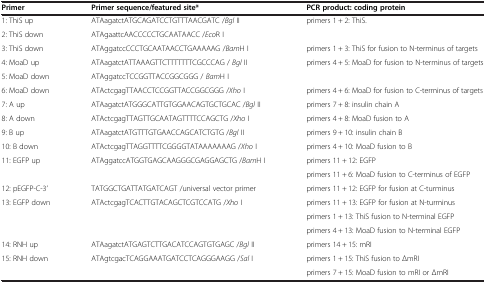
<table><thead><tr><td><b>Primer</b></td><td><b>Primer sequence/featured site*</b></td><td><b>PCR product: coding protein</b></td></tr></thead><tbody><tr><td>1: ThiS up</td><td>ATAagatctATGCAGATCCTGTTTAACGATC /<i>Bgl</i> II</td><td>primers 1 + 2: ThiS.</td></tr><tr><td>2: ThiS down</td><td>ATAgaattcAACCCCCTGCAATAACC /<i>Eco</i>R I</td><td> </td></tr><tr><td>3: ThiS down</td><td>ATAggatccCCCTGCAATAACCTGAAAAAG /<i>Bam</i>H I</td><td>primers 1 + 3: ThiS for fusion to N-terminus of targets</td></tr><tr><td>4: MoaD up</td><td>ATAagatctATTAAAGTTCTTTTTTTCGCCCAG / <i>Bgl</i> II</td><td>primers 4 + 5: MoaD for fusion to N-terminus of targets</td></tr><tr><td>5: MoaD down</td><td>ATAggatccTCCGGTTACCGGCGGG / <i>Bam</i>H I</td><td> </td></tr><tr><td>6: MoaD down</td><td>ATActcgagTTAACCTCCGGTTACCGGCGGG /<i>Xho</i> I</td><td>primers 4 + 6: MoaD for fusion to C-terminus of targets</td></tr><tr><td>7: A up</td><td>ATAagatctATGGGCATTGTGGAACAGTGCTGCAC /<i>Bgl</i> II</td><td>primers 7 + 8: insulin chain A</td></tr><tr><td>8: A down</td><td>ATActcgagTTAGTTGCAATAGTTTTCCAGCTG /<i>Xho</i> I</td><td>primers 4 + 8: MoaD fusion to A</td></tr><tr><td>9: B up</td><td>ATAagatctATGTTTGTGAACCAGCATCTGTG /<i>Bgl</i> II</td><td>primers 9 + 10: insulin chain B</td></tr><tr><td>10: B down</td><td>ATActcgagTTAGGTTTTCGGGGTATAAAAAAAG /<i>Xho</i> I</td><td>primers 4 + 10: MoaD fusion to B</td></tr><tr><td rowspan="2">11: EGFP up</td><td rowspan="2">ATAggatccATGGTGAGCAAGGGCGAGGAGCTG /<i>Bam</i>H I</td><td>primers 11 + 12: EGFP</td></tr><tr><td>primers 11 + 6: MoaD fusion to C-terminus of EGFP</td></tr><tr><td>12: pEGFP-C-3’</td><td>TATGGCTGATTATGATCAGT /universal vector primer</td><td>primers 11 + 12: EGFP for fusion at C-turminus</td></tr><tr><td rowspan="3">13: EGFP down</td><td rowspan="3">ATActcgagTCACTTGTACAGCTCGTCCATG /<i>Xho</i> I</td><td>primers 11 + 13: EGFP for fusion at N-turminus</td></tr><tr><td>primers 1 + 13: ThiS fusion to N-terminal EGFP</td></tr><tr><td>primers 4 + 13: MoaD fusion to N-terminal EGFP</td></tr><tr><td>14: RNH up</td><td>ATAagatctATGAGTCTTGACATCCAGTGTGAGC /<i>Bgl</i> II</td><td>primers 14 + 15: mRI</td></tr><tr><td rowspan="2">15: RNH down</td><td rowspan="2">ATAgtcgacTCAGGAAATGATCCTCAGGGAAGG /<i>Sal</i> I</td><td>primers 1 + 15: ThiS fusion to ΔmRI</td></tr><tr><td>primers 7 + 15: MoaD fusion to mRI or ΔmRI</td></tr></tbody></table>